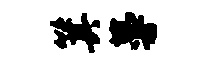
箕蔓